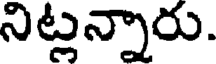
నిట్లన్నారు.